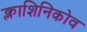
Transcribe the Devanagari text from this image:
क्लाशिनिकोव